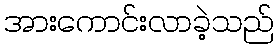
အားကောင်းလာခဲ့သည်